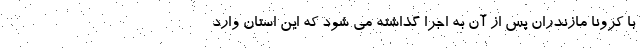
با کرونا مازندران پس از آن به اجرا گذاشته می شود که این استان وارد